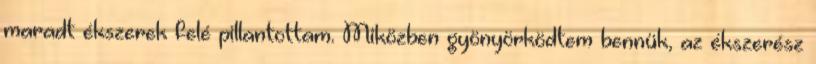
maradt ékszerek felé pillantottam. Miközben gyönyörködtem bennük, az ékszerész